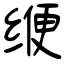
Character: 缏